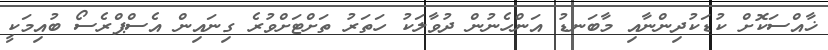
ޚާއްސަކޮށް ކުޑަކުދިންނާއި މާބަނޑު އަންހެނުން ދުވާލަކު ހަތަރު ތަށްޓަށްވުރެ ގިނައިން އެސްޕްރެސޯ ބުއިމަކީ